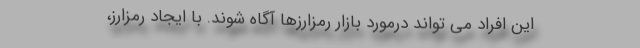
این افراد می تواند درمورد بازار رمزارزها آگاه شوند. با ایجاد رمزارز،